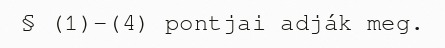
§ (1)-(4) pontjai adják meg.